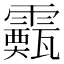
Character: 𩆙